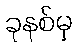
ခုနစ်မှ